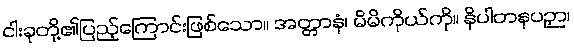
ငါးခုတို့၏ပြည့်ကြောင်းဖြစ်သော။ အတ္တာနံ၊ မိမိကိုယ်ကို။ နိပါတနပဉှာ၊